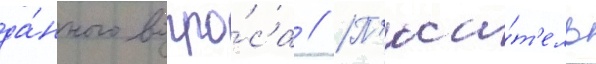
да́нного вопро́са // П'иса́т'ель